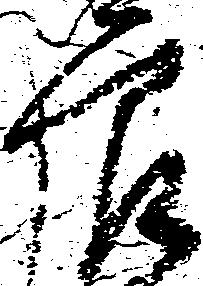
良